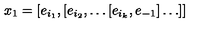
x _ { 1 } = [ e _ { i _ { 1 } } , [ e _ { i _ { 2 } } , \ldots [ e _ { i _ { k } } , e _ { - 1 } ] \ldots ] ]